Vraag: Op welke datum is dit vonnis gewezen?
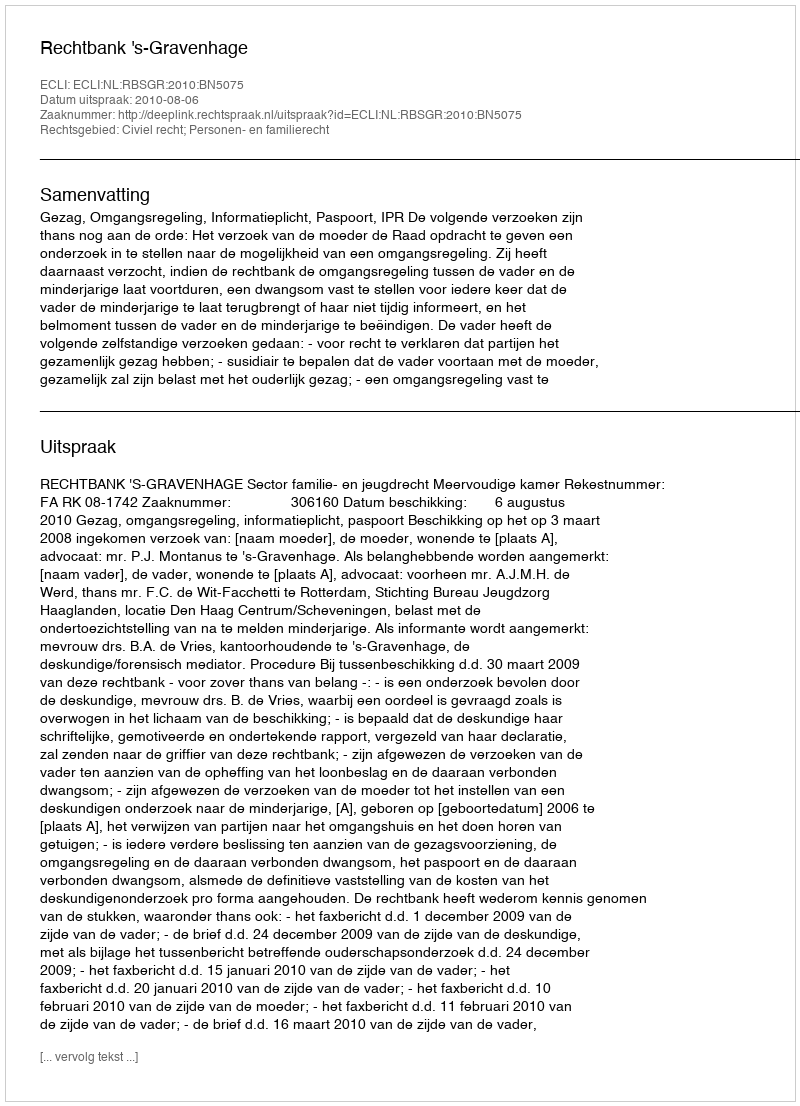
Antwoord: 2010-08-06